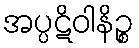
အပ္ပဋိဝါနိဉ္စ